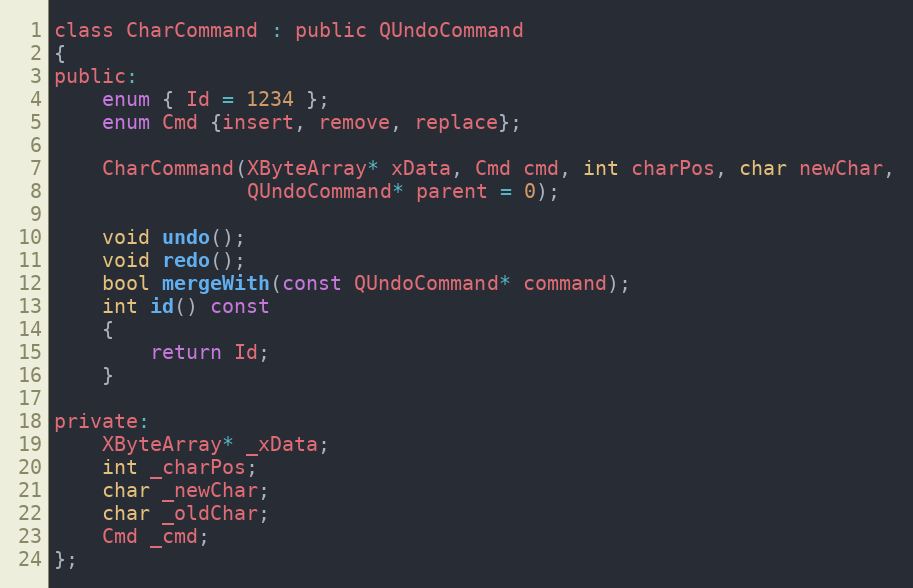
Language: C
class CharCommand : public QUndoCommand
{
public:
    enum { Id = 1234 };
    enum Cmd {insert, remove, replace};

    CharCommand(XByteArray* xData, Cmd cmd, int charPos, char newChar,
                QUndoCommand* parent = 0);

    void undo();
    void redo();
    bool mergeWith(const QUndoCommand* command);
    int id() const
    {
        return Id;
    }

private:
    XByteArray* _xData;
    int _charPos;
    char _newChar;
    char _oldChar;
    Cmd _cmd;
};